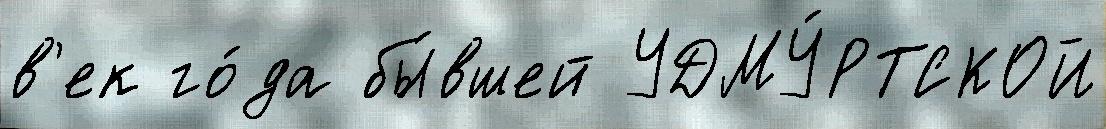
в'ек го́да бы́вшей УДМУ́РТСКОЙ